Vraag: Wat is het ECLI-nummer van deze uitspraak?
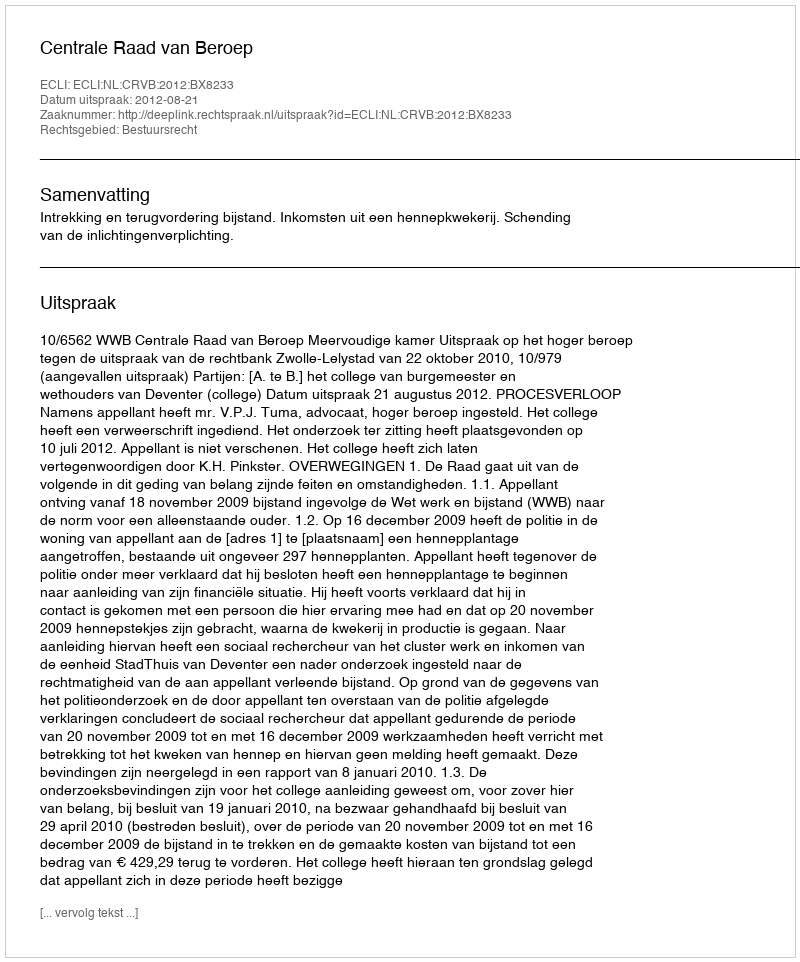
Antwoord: ECLI:NL:CRVB:2012:BX8233